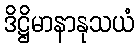
ဒိဋ္ဌိမာနာနုသယံ